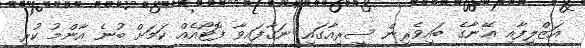
އަޒްލިފާއި އޭނާގެ ބައިވެރިން ސީރިއާގައި ނަގާފައިވާ ފޮޓޯއެއް ކަމަށް ބުނެ އާންމު ކުރި